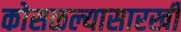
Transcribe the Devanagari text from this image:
कोसळल्यासारखी